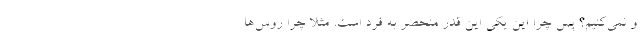
و نمی‌کنیم؟ پس چرا این یکی این قدر منحصر به فرد است. مثلا چرا روس‌ها